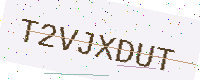
Text: T2VJXDUT